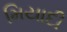
મિયાદી